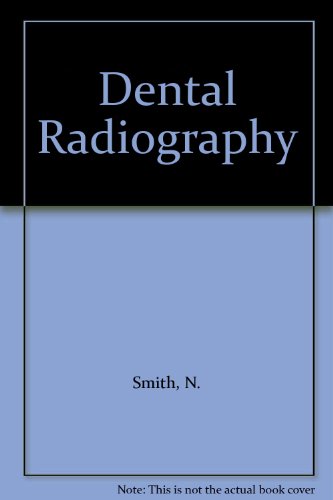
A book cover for Dental Radiography; N. Smith; Medical Books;